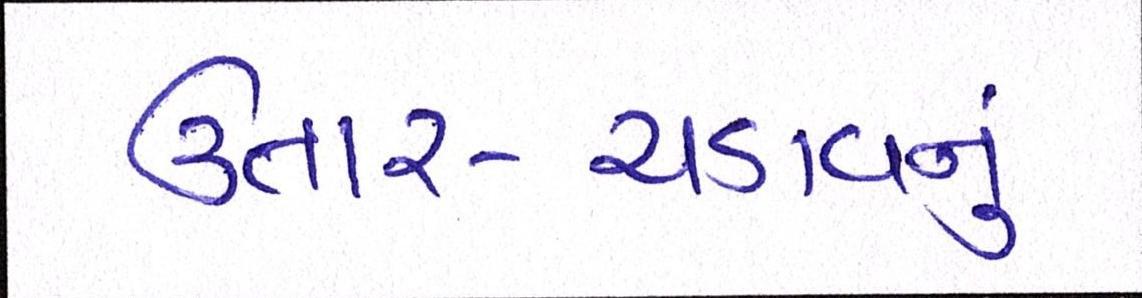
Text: ઉતાર-ચડાવનું